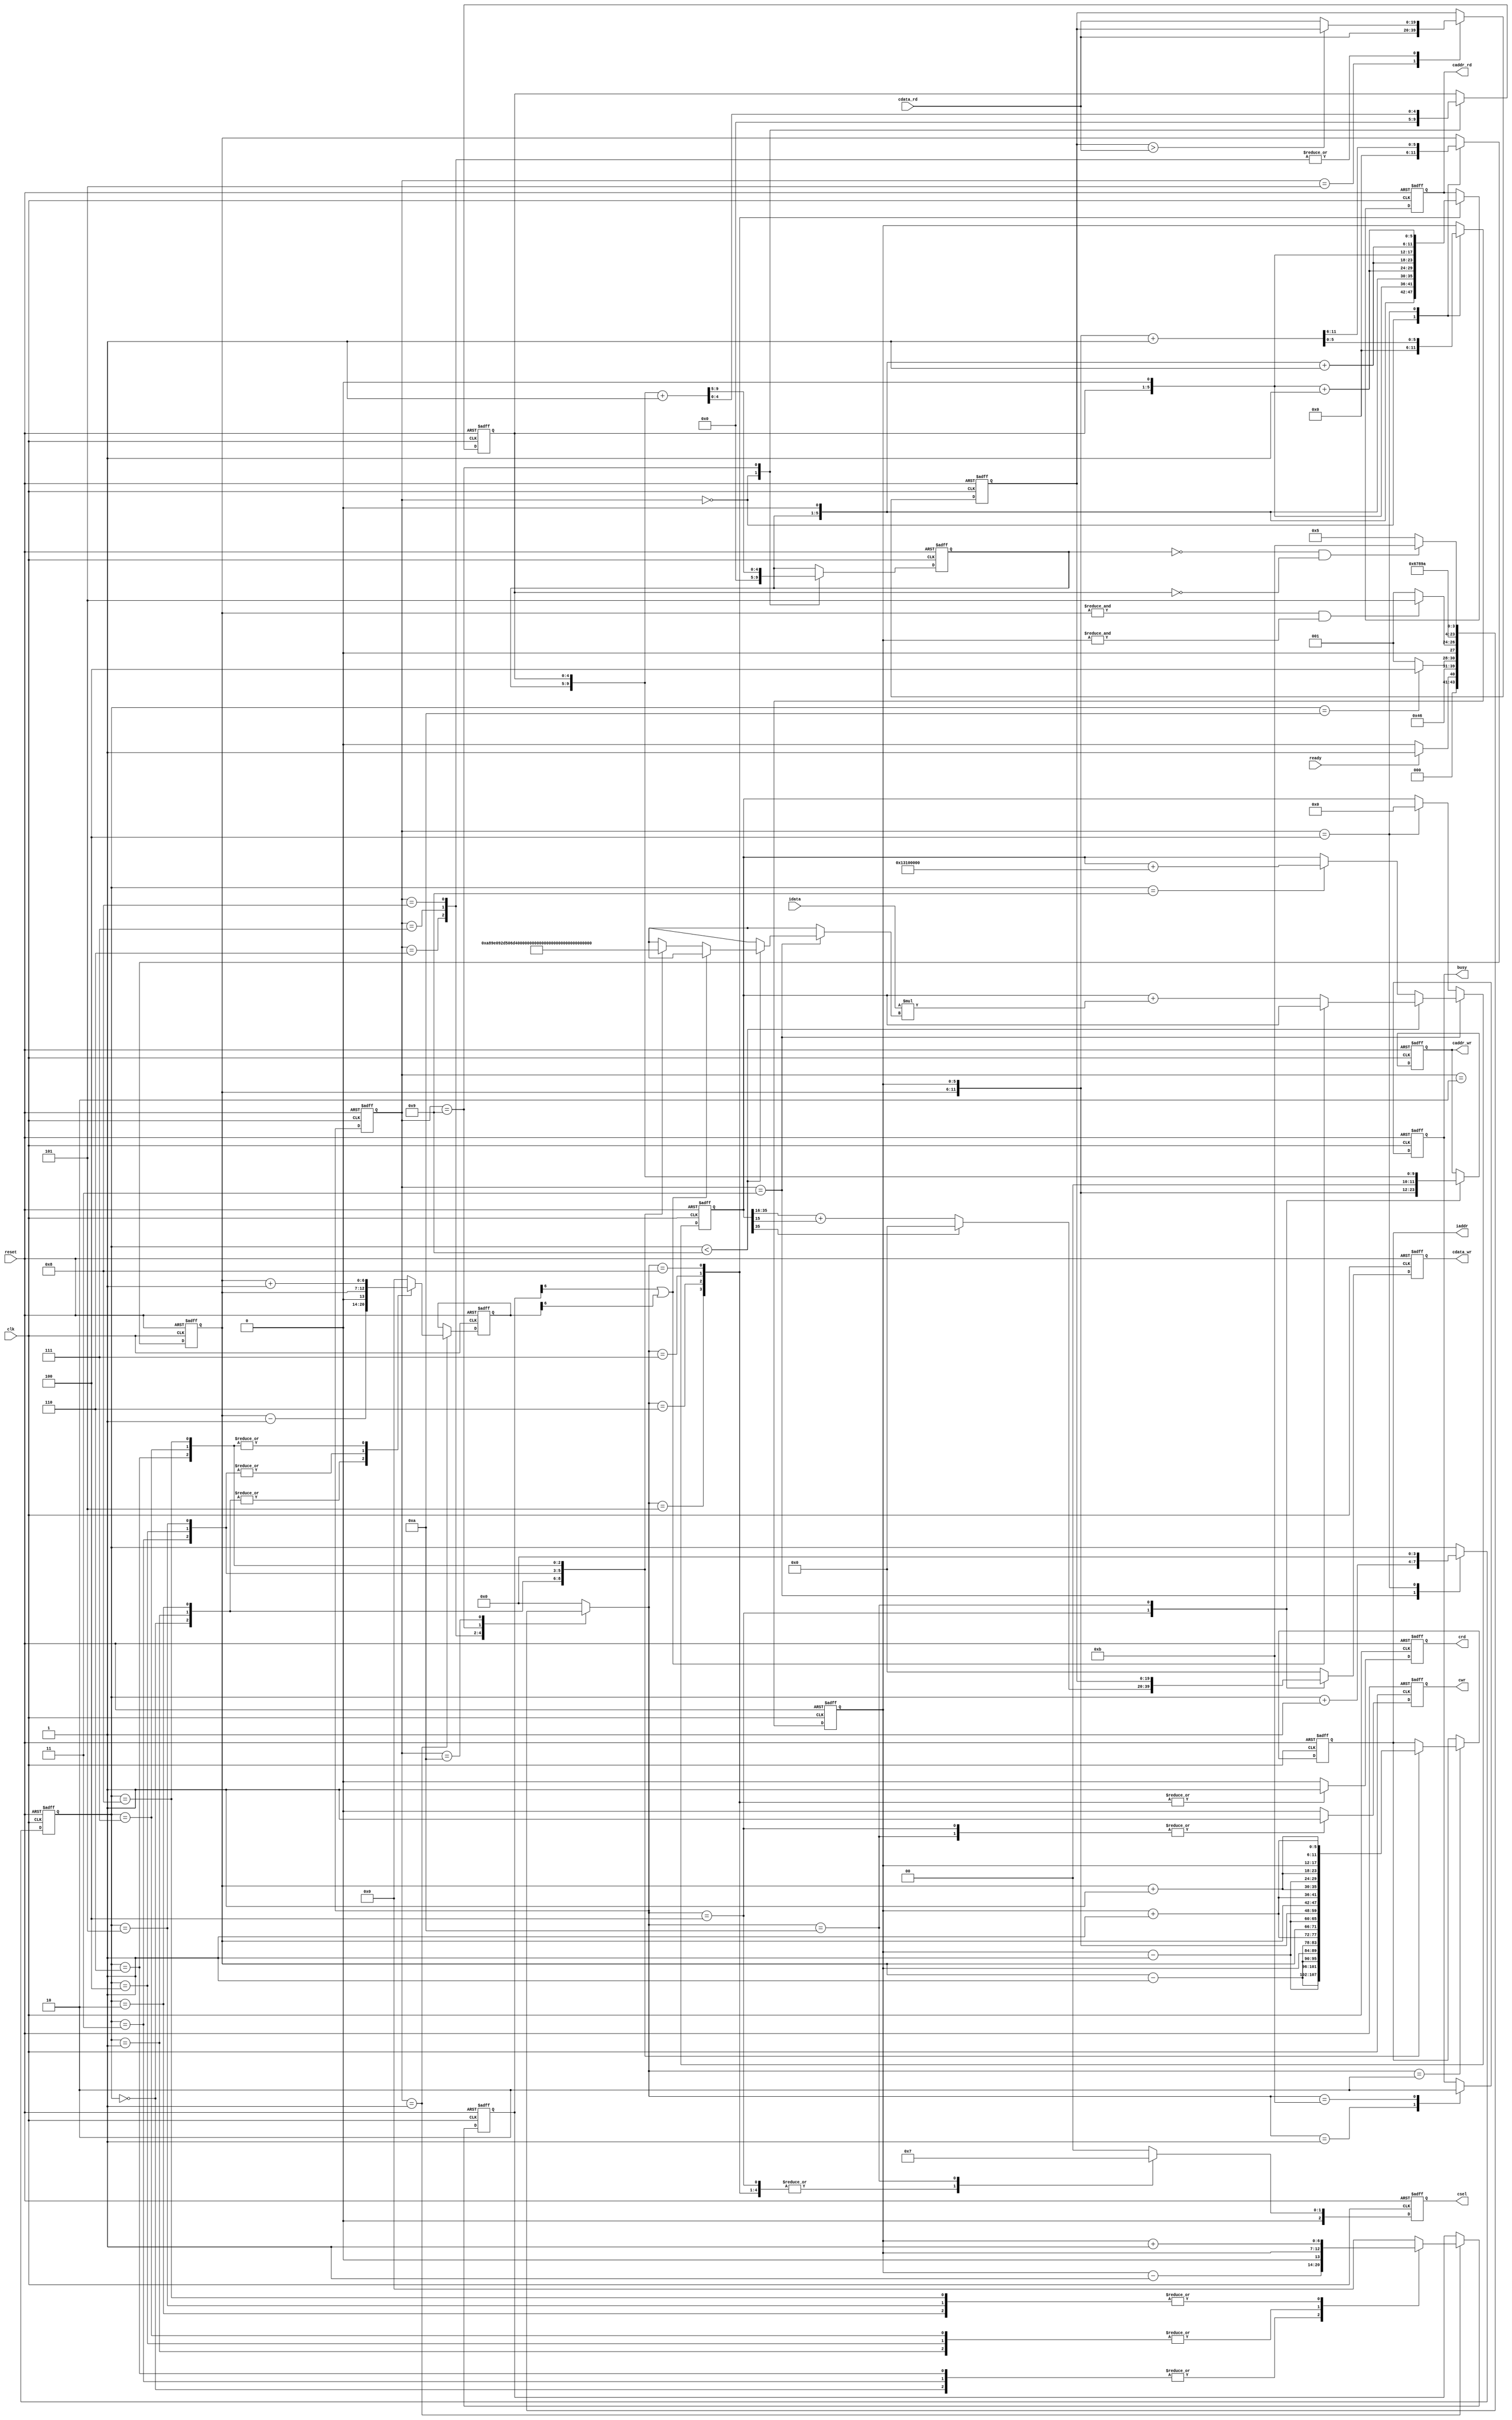

`timescale 1ns/10ps

module  CONV(

input		              clk,
input		              reset,
output reg	              busy,
input		              ready,

output reg 	      [11:0]  iaddr,
input  signed	  [19:0]  idata,

output reg         	      cwr,
output reg        [11:0]  caddr_wr,
output reg        [19:0]  cdata_wr,

output reg          	  crd,
output reg        [11:0]  caddr_rd,
input	          [19:0]  cdata_rd,

output reg	      [2:0]   csel

);

////////////////////////////////////////////////
// Kernal0
wire signed [19:0] Kernal [0:8];
wire signed [19:0] Bias;

assign Kernal[0] = 20'h0A89E;      //Pixel 0: 6.586609e-01
assign Kernal[1] = 20'h092D5;      //Pixel 2: 5.735626e-01
assign Kernal[2] = 20'h06D43;      //Pixel 4: 4.268036e-01
assign Kernal[3] = 20'h01004;      //Pixel 6: 6.256104e-02
assign Kernal[4] = 20'hF8F71;      //Pixel 8: -4.396820e-01
assign Kernal[5] = 20'hF6E54;      //Pixel 10: -5.690308e-01
assign Kernal[6] = 20'hFA6D7;      //Pixel 12: -3.482819e-01
assign Kernal[7] = 20'hFC834;      //Pixel 14: -2.179565e-01
assign Kernal[8] = 20'hFAC19;      //Pixel 16: -3.277435e-01

assign Bias      = 20'h01310;      //Pixel 0: 7.446289e-02
////////////////////////////////////////////////
// var

reg [3:0] cnt;
reg [5:0] pos_x, pos_y;
reg [6:0] pos_x_tmp, pos_y_tmp;
reg [4:0] new_x, new_y;
reg [19:0] cmp;
reg signed [39:0] tmp;
wire overflow;

assign overflow = pos_x_tmp[6] | pos_y_tmp[6];
////////////////////////////////////////////////
// state

reg [3:0] cs, ns;
parameter [3:0] IDLE                = 4'h0,
                OVERFLOW_JUDGMENT   = 4'h1,
                READ                = 4'h2,
                CONVOLUTION         = 4'h3,
                RELU                = 4'h4,
                LOAD_0              = 4'h5,
                LOAD_1              = 4'h6,
                LOAD_2              = 4'h7,
                LOAD_3              = 4'h8,
                DELAY               = 4'h9,
                MAX_POOLING         = 4'hA,
                DONE                = 4'hB;

always @(posedge clk or posedge reset)begin
    if(reset)begin
        cs <= IDLE;
    end
    else begin
        cs <= ns;
    end
end

always @(*)begin
    case(cs)
        IDLE:begin
            if(ready)                   ns <= OVERFLOW_JUDGMENT;
            else                        ns <= IDLE;
        end
        OVERFLOW_JUDGMENT:              ns <= READ;
        READ:                           ns <= CONVOLUTION;
        CONVOLUTION:begin
            if(cnt == 4'ha)             ns <= RELU;
            else                        ns <= OVERFLOW_JUDGMENT;
        end
        RELU:begin
            if((&pos_y) && (&pos_x))    ns <= LOAD_0;
            else                        ns <= OVERFLOW_JUDGMENT;
        end
        LOAD_0:                         ns <= LOAD_1;
        LOAD_1:                         ns <= LOAD_2;
        LOAD_2:                         ns <= LOAD_3;
        LOAD_3:                         ns <= DELAY;
        DELAY:                          ns <= MAX_POOLING;
        MAX_POOLING:begin
            // if((&new_y) && (&new_x))    ns <= DONE;
            if(new_y == 0 && new_x == 0)    ns <= DONE;
            else                        ns <= LOAD_0;
        end
        default:                        ns <= IDLE;
    endcase
end
////////////////////////////////////////////////
// cnt

always @(posedge clk or posedge reset)begin
    if(reset)begin
        cnt <= 4'h0;
    end
    else begin
        case(cs)
            CONVOLUTION:        cnt <= cnt + 4'h1;
            RELU:               cnt <= 4'h0;
        endcase
    end
end
////////////////////////////////////////////////
// Layer_0 position

always @(posedge clk or posedge reset)begin
    if(reset)begin
        {pos_y, pos_x} <= 12'h0;
    end
    else begin
        case(cs)
            IDLE:           {pos_y, pos_x} <= 12'h0;
            RELU:           {pos_y, pos_x} <= {pos_y, pos_x} + 12'h1;
        endcase
    end
end
////////////////////////////////////////////////
// Layer_1 position

always @(posedge clk or posedge reset)begin
    if(reset)begin
        {new_y, new_x} <= 10'h0;
    end
    else begin
        case(cs)
            IDLE:           {new_y, new_x} <= 10'h0;
            DELAY:          {new_y, new_x} <= {new_y, new_x} + 10'h1;
        endcase
    end
end
////////////////////////////////////////////////
// addr

always @(posedge clk or posedge reset)begin
    if(reset)begin
        iaddr <= 12'h0;
    end
    else begin
        if(ns == READ)begin
            case(cnt)
                4'h0:  iaddr <= {pos_y - 6'h1, pos_x - 6'h1};
                4'h1:  iaddr <= {pos_y - 6'h1, pos_x       };
                4'h2:  iaddr <= {pos_y - 6'h1, pos_x + 6'h1};
                4'h3:  iaddr <= {pos_y       , pos_x - 6'h1};
                4'h4:  iaddr <= {pos_y       , pos_x       };
                4'h5:  iaddr <= {pos_y       , pos_x + 6'h1};
                4'h6:  iaddr <= {pos_y + 6'h1, pos_x - 6'h1};
                4'h7:  iaddr <= {pos_y + 6'h1, pos_x       };
                4'h8:  iaddr <= {pos_y + 6'h1, pos_x + 6'h1};
            endcase
        end
    end
end

always @(posedge clk or posedge reset)begin
    if(reset)begin
        pos_y_tmp <= 4'h0;
    end
    else begin
        if(cs == OVERFLOW_JUDGMENT)begin
            case(cnt)
                4'h0:       pos_y_tmp <= pos_y - 6'h1;
                4'h1:       pos_y_tmp <= pos_y - 6'h1;
                4'h2:       pos_y_tmp <= pos_y - 6'h1;
                4'h3:       pos_y_tmp <= pos_y       ;
                4'h4:       pos_y_tmp <= pos_y       ;
                4'h5:       pos_y_tmp <= pos_y       ;
                4'h6:       pos_y_tmp <= pos_y + 6'h1;
                4'h7:       pos_y_tmp <= pos_y + 6'h1;
                4'h8:       pos_y_tmp <= pos_y + 6'h1;
                default:    pos_y_tmp <= 4'h0;
            endcase
        end
    end
end

always @(posedge clk or posedge reset)begin
    if(reset)begin
        pos_x_tmp <= 4'h0;
    end
    else begin
        if(cs == OVERFLOW_JUDGMENT)begin
            case(cnt)
                4'h0:  pos_x_tmp <= pos_x - 6'h1;
                4'h1:  pos_x_tmp <= pos_x       ;
                4'h2:  pos_x_tmp <= pos_x + 6'h1;
                4'h3:  pos_x_tmp <= pos_x - 6'h1;
                4'h4:  pos_x_tmp <= pos_x       ;
                4'h5:  pos_x_tmp <= pos_x + 6'h1;
                4'h6:  pos_x_tmp <= pos_x - 6'h1;
                4'h7:  pos_x_tmp <= pos_x       ;
                4'h8:  pos_x_tmp <= pos_x + 6'h1;
                default:    pos_x_tmp <= 4'h0;
            endcase
        end
    end
end
////////////////////////////////////////////////
// CONV

always @(posedge clk or posedge reset)begin
    if(reset)begin
        tmp <= 40'h0;
    end
    else begin
        if(cs == CONVOLUTION)begin
            if(cnt < 4'h9)begin
                if(!overflow)begin
                    tmp <= tmp + (idata * Kernal[cnt]);
                end
                else begin
                    tmp <= tmp;
                end
            end
            else if(cnt == 4'h9)begin
                tmp <= tmp + ({Bias,16'h0});
            end
        end
        else if((cs == RELU)) begin
            tmp <= 0;
        end

    end
end
////////////////////////////////////////////////
// MEM CTRL

always @(posedge clk or posedge reset)begin
    if(reset)begin
        csel <= 3'h0;
    end
    else begin
        case(ns)
            RELU:           csel <= 3'h1;
            LOAD_0:         csel <= 3'h1;
            LOAD_1:         csel <= 3'h1;
            LOAD_2:         csel <= 3'h1;
            LOAD_3:         csel <= 3'h1;
            MAX_POOLING:    csel <= 3'h3;
            default:        csel <= 3'h0;
        endcase
    end
end

always @(posedge clk or posedge reset)begin
    if(reset)begin
        cwr <= 1'h0;
    end
    else begin
        case(ns)
            RELU:           cwr <= 1'h1;
            MAX_POOLING:    cwr <= 1'h1;
            default:        cwr <= 1'h0;
        endcase
    end
end

always @(posedge clk or posedge reset)begin
    if(reset)begin
        crd <= 1'h0;
    end
    else begin
        case(ns)
            LOAD_0:         crd <= 1'h1;
            LOAD_1:         crd <= 1'h1;
            LOAD_2:         crd <= 1'h1;
            LOAD_3:         crd <= 1'h1;
            default:        crd <= 1'h0;
        endcase
    end
end
////////////////////////////////////////////////
// MEM DATA

always @(posedge clk or posedge reset)begin
    if(reset)begin
        caddr_rd <= 12'h0;
    end
    else begin
        case(ns)
            LOAD_0:         caddr_rd <= { {new_y, 1'h0},          {new_x, 1'h0}};
            LOAD_1:         caddr_rd <= { {new_y, 1'h0},         ({new_x, 1'h0} + 6'h1)};
            LOAD_2:         caddr_rd <= {({new_y, 1'h0} + 6'h1),  {new_x, 1'h0}};
            LOAD_3:         caddr_rd <= {({new_y, 1'h0} + 6'h1), ({new_x, 1'h0} + 6'h1)};
            default:        caddr_rd <= caddr_rd;
        endcase
    end
end

always @(posedge clk or posedge reset)begin
    if(reset)begin
        caddr_wr <= 12'h0;
    end
    else begin
        case(ns)
            RELU:           caddr_wr <= {pos_y, pos_x};
            MAX_POOLING:    caddr_wr <= {new_y, new_x};
            default:        caddr_wr <= caddr_wr;
        endcase
    end
end

always @(posedge clk or posedge reset)begin
    if(reset)begin
        cdata_wr <= 20'h0;
    end
    else begin
        case(ns)
            RELU:begin
                if(tmp[35])begin
                        cdata_wr <= 20'h0;
                end
                else begin
                        cdata_wr <= tmp[35:16] + tmp[15];
                end
            end
            MAX_POOLING:begin
                cdata_wr <= cmp;
            end
            default:    cdata_wr <= 20'h0;
        endcase
    end
end
////////////////////////////////////////////////
// compare

always @(posedge clk or posedge reset)begin
    if(reset)begin
        cmp <= 20'h0;
    end
    else begin
        case(cs)
            LOAD_0:         cmp <= cdata_rd;
            LOAD_1, LOAD_2, LOAD_3:         cmp <= (cmp > cdata_rd) ? cmp : cdata_rd;
            // :         cmp <= (cmp > cdata_rd) ? cmp : cdata_rd;
            // :         cmp <= (cmp > cdata_rd) ? cmp : cdata_rd;
            // default:        cmp <= 20'h0;
        endcase
    end
end
////////////////////////////////////////////////
// control

always @(posedge clk or posedge reset)begin
    if(reset)begin
        busy <= 1'h0;
    end
    else begin
        case(ns)
            OVERFLOW_JUDGMENT:  busy <= 1'h1;
            DONE:               busy <= 1'h0;
        endcase
    end
end
////////////////////////////////////////////////

endmodule